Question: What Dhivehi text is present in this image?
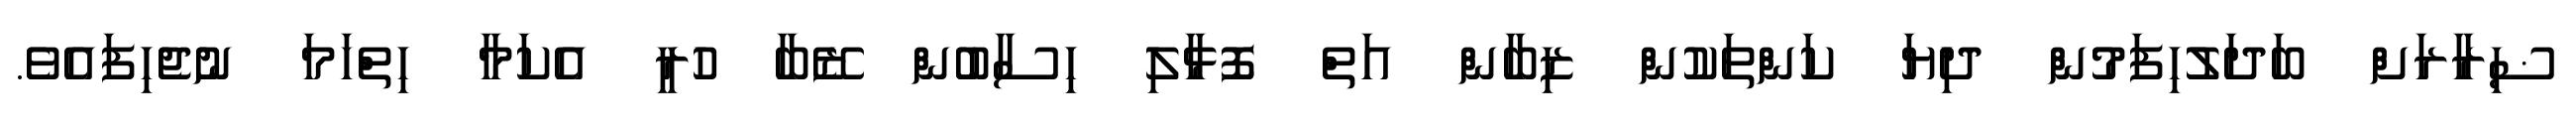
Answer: ޟިރާރަށް ބަދަލުހިފަމުން ދިޔަ ކަންތަކުން ޒިބާން އަތް ފޮޅާލި ހިސާބުން ޒޭބާ ހުރީ އެކަމާ ހިތްހަމަ ނުޖެހިފައެވެ.